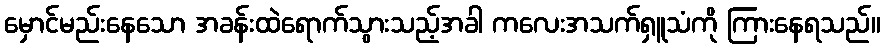
မှောင်မည်းနေသော အခန်းထဲရောက်သွားသည့်အခါ ကလေးအသက်ရှူသံကို ကြားနေရသည်။